Annual administration report of the Civil Veterinary Department of India - 1894-1895
Year: 1894
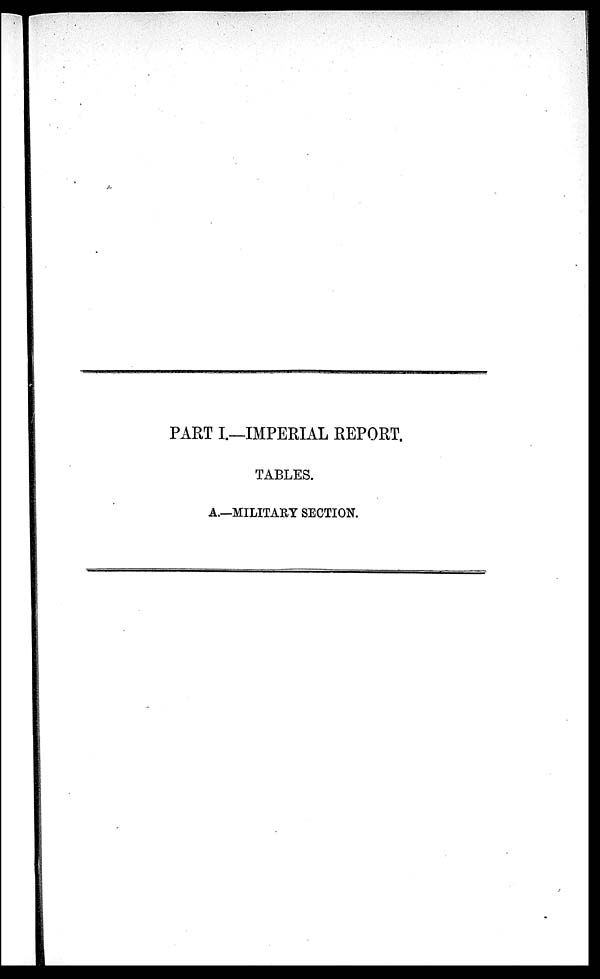
PART I.—IMPERIAL REPORT.
TABLES.
A.—MILITARY SECTION.